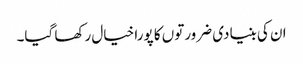
ان کی بنیادی ضرورتوں کا پورا خیال رکھا گیا۔